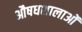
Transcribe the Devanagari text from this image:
औषधशालाओं